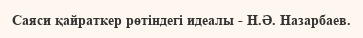
Саяси қайраткер рөтіндегі идеалы - Н.Ә. Назарбаев.